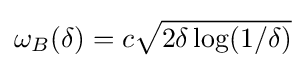
\omega _{B}(\delta )=c{\sqrt {2\delta \log(1/\delta )}}